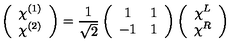
\left( \begin{array} { c } { \chi ^ { ( 1 ) } } \\ { \chi ^ { ( 2 ) } } \\ \end{array} \right) = \frac { 1 } { \sqrt { 2 } } \left( \begin{array} { c c } { 1 } & { 1 } \\ { - 1 } & { 1 } \\ \end{array} \right) \left( \begin{array} { c } { \chi ^ { L } } \\ { \chi ^ { R } } \\ \end{array} \right)